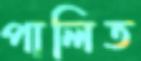
পালিত